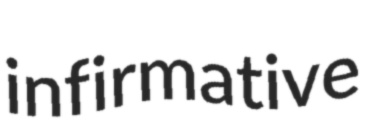
infirmative